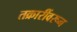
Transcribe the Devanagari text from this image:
तक्रारींवरून